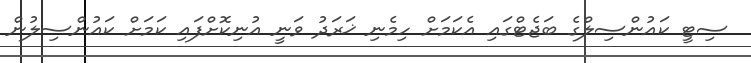
ސިޓީ ކައުންސިލްގެ ބަޖެޓްގައި އެކަމަށް ހިމެނި ޚަރަދު ވަނީ އުނިކޮށްފައި ކަމަށް ކައުންސިލުން